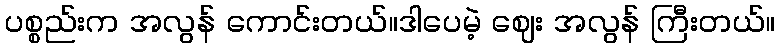
ပစ္စည်းက အလွန် ကောင်းတယ်။ဒါပေမဲ့ ဈေး အလွန် ကြီးတယ်။